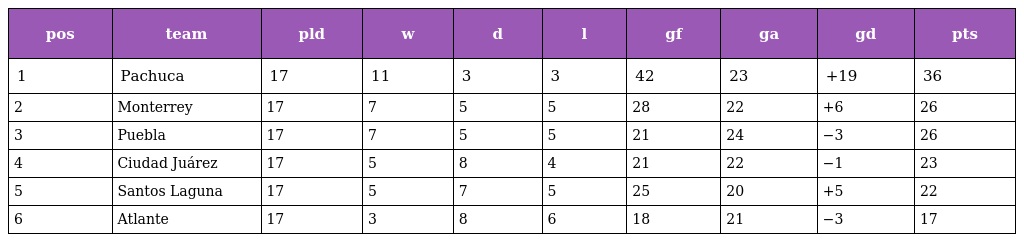
| pos | team | pld | w | d | l | gf | ga | gd | pts |
 | --- | --- | --- | --- | --- | --- | --- | --- | --- | --- |
 | 1 | Pachuca | 17 | 11 | 3 | 3 | 42 | 23 | +19 | 36 |
 | 2 | Monterrey | 17 | 7 | 5 | 5 | 28 | 22 | +6 | 26 |
 | 3 | Puebla | 17 | 7 | 5 | 5 | 21 | 24 | −3 | 26 |
 | 4 | Ciudad Juárez | 17 | 5 | 8 | 4 | 21 | 22 | −1 | 23 |
 | 5 | Santos Laguna | 17 | 5 | 7 | 5 | 25 | 20 | +5 | 22 |
 | 6 | Atlante | 17 | 3 | 8 | 6 | 18 | 21 | −3 | 17 |